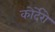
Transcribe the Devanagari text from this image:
कोर्देरो